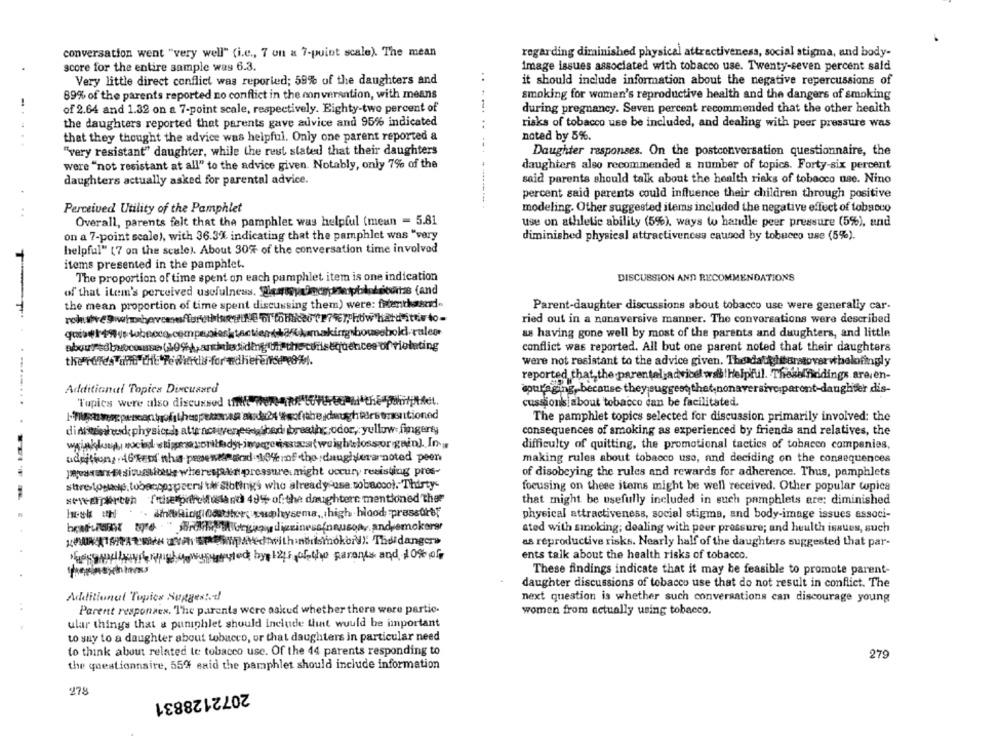
regarding diminished physical attractiveness, social stigma, and body-
conversation went "very well" (i.e ., 7 on a 7-point scale). The mean
image issues associated with tobacco use. Twenty-seven percent said
score for the entire sample was 6.3.
Very little direct conflict was reported; 59% of the daughters and
..
it should include information about the negative repercussions of
89% of the parents reported no conflict in the converantion, with means
smoking for women's reproductive health and the dangers of smoking
of 2.64 and 1.32 on a 7-point scale, respectively. Eighty-two percent of
during pregnancy. Seven percent recommended that the other health
the daughters reported that parents gave advice and 95% indicated
risks of tobacco use be included, and dealing with peer pressure was
that they thought the advice was helpful. Only one parent reported a
noted by 5%.
..
--
"very resistant" daughter, while the rest stated that their daughters
Daughter responses. On the postconversation questionnaire, the
were "not resistant at all" to the advice given. Notably, only 7% of the
daughters also recommended & number of topics. Forty-six percent
daughters actually asked for parental advice.
said parents should talk about the health risks of tobacco use. Nino
percent said parents could influence their children through positive
..
Perceived Utility of the Pamphlet
modeling. Other suggested items included the negative effect of tobacco
Overall, parents felt that the pamphlet was helpful (mean - 5.81
use on athletic ability (5%), ways to handle peer pressure (5%), and
on a 7-point scale), with 36.3% indicating that the pamphlet was "very
diminished physical attractivences caused by tobacco use (5%).
helpful" (7 on the scale). About 30% of the conversation time involved
items presented in the pamphlet.
The proportion of time spent on each pamphlet item is one indication
DISCUSSION AND RECOMMENDATIONS
of that itcm's perceived usefulness. Siamoy Önergeespblokeioutas (and
the mean proportion of time spent discussing them) were: frenthasard-
Parent-daughter discussions about tobacco use were generally car-
ried out in a nonaversive manner. The conversations were described
mbousebold rules
as having gone well by most of the parents and daughters, and little
aboutFedbuocourse (10%), aresiding bil the consequences of violating
conflict was reported. All but one parent noted that their daughters
the rules and the Tedkidy-for adherersene8%.
were not resistant to the advice given. The daughteratoverwhelofingly
reported that, the parental advicel wal | Helpful. Thesefindings. are.en-
Additional Topics Dixcusard
spulaging, because they suggest that nonaversive parent-daughter dis-
-.....
Topics were also discussed th
cussions about tobacco can be facilitated.
The pamphlet topics selected for discussion primarily involved: the
disseshode physicch attractivenessibad breathcodor ,; yellow. fingenty
consequences of smoking as experienced by friends and relatives, the
wrinkly nociod stigmasoribody-ingegenssweat weightlossor gain). In-
difficulty of quitting, the promotional tactics of tobacco companies,
addition, 46Tend nha penerefund 104 :of the daughterarnoted peen
making rules about tobacco uso, and deciding on the consequences
pararas-sivuntious wherespaketpressure. might occury resisting pres-
of disobeying the rules and rewards for adherence. Thus, pamphlets
stre tostane, tobaccospeers tif siblings who already-use tobacco). Thirty-
focusing on these items might be well received. Other popular topics
seit-Epercen fithsesprifeliland 49% of: the daughters mentioned ther
that might be usefully included in such pamphlets are: diminished
.. AndRingloostiher; wwphysema, thigh blood pressure?
physical attractiveness, social stigma, and body-image issues associ-
ated with smoking; dealing with peer pressure; and heulth issues, such
"Med with norismokord). The dangers
as reproductive risks. Nearly half of the daughters suggested that par-
essadtouringlowgrupoted byel25 of the parents and 10% ofr
ents talk about the health risks of tobacco.
These findings indicate that it may be feasible to promote parent-
daughter discussions of tobacco use that do not result in conflict. The
Additional Topics Suggested
next question is whether such conversations can discourage young
. .
Parent responses. The parents were asked whether there were partic.
women from actually using tobacco.
ular things that a puniphlet should include that would be important
to say to a daughter about tobacco, or that daughters in particular need
to think about related te tobacco use. Of the 44 parents responding to
279
the questionnaire, 55% said the pamphlet should include information
278
2072128831